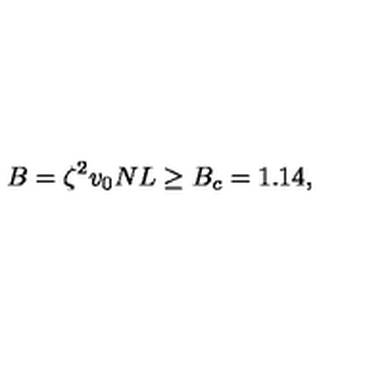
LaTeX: B = \zeta ^ { 2 } v _ { 0 } N L \ge B _ { c } = 1 . 1 4 ,